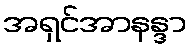
အရှင်အာနန္ဒာ